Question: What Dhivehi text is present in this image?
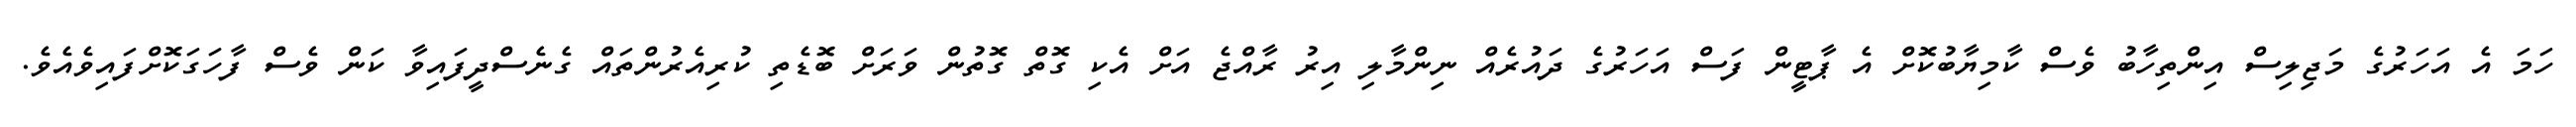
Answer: ހަމަ އެ އަހަރުގެ މަޖިލިސް އިންތިހާބު ވެސް ކާމިޔާބުކޮށް އެ ޕާޓީން ފަސް އަހަރުގެ ދައުރެއް ނިންމާލި އިރު ރާއްޖެ އަށް އެކި ގޮތް ގޮތުން ވަރަށް ބޮޑެތި ކުރިއެރުންތައް ގެނެސްދީފައިވާ ކަން ވެސް ފާހަގަކޮށްފައިވެއެވެ.